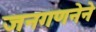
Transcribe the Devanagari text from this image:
जनगणनेने